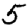
Digit: 5